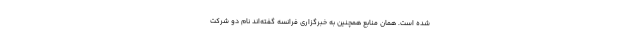
شده است. همان منابع همچنین به خبرگزاری فرانسه گفته‌اند نام دو شرکت